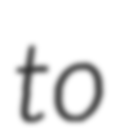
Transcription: to